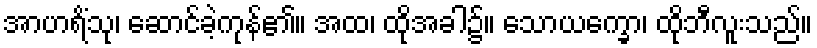
အာဟရိံသု၊ ဆောင်ခဲ့ကုန်၏။ အထ၊ ထိုအခါ၌။ သောယက္ခော၊ ထိုဘီလူးသည်။